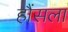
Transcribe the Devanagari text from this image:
हौंसला